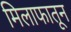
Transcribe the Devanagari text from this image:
मिलाफातून